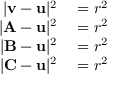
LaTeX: \begin{array} { r l } { | \mathbf { v } - \mathbf { u } | ^ { 2 } } & { { } = r ^ { 2 } } \\ { | \mathbf { A } - \mathbf { u } | ^ { 2 } } & { { } = r ^ { 2 } } \\ { | \mathbf { B } - \mathbf { u } | ^ { 2 } } & { { } = r ^ { 2 } } \\ { | \mathbf { C } - \mathbf { u } | ^ { 2 } } & { { } = r ^ { 2 } } \end{array}